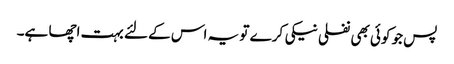
پس جو کوئی بھی نفلی نیکی کرے تو یہ اس کے لئے بہت اچھا ہے۔